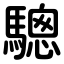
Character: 驄